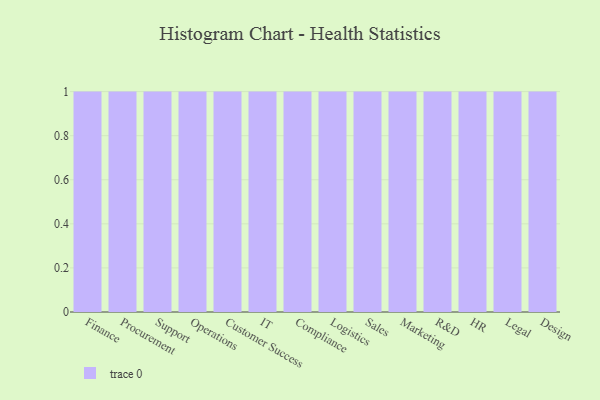
{"axis": {"x": "Department", "y": "Humidity (%)"}, "legend": [""], "data": [{"x": "Finance", "y": 37, "type": ""}, {"x": "Procurement", "y": 6, "type": ""}, {"x": "Support", "y": 95, "type": ""}, {"x": "Operations", "y": 11, "type": ""}, {"x": "Customer Success", "y": 17, "type": ""}, {"x": "IT", "y": 98, "type": ""}, {"x": "Compliance", "y": 43, "type": ""}, {"x": "Logistics", "y": 40, "type": ""}, {"x": "Sales", "y": 86, "type": ""}, {"x": "Marketing", "y": 67, "type": ""}, {"x": "R&D", "y": 80, "type": ""}, {"x": "HR", "y": 77, "type": ""}, {"x": "Legal", "y": 7, "type": ""}, {"x": "Design", "y": 100, "type": ""}]}